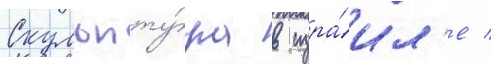
Скульпту́ра в изра́ил'е /